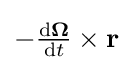
-{\tfrac {\mathrm {d} {\boldsymbol {\Omega }}}{\mathrm {d} t}}\times \mathbf {r}